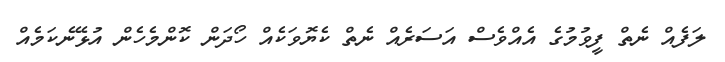
ލަފެއް ނެތް ފީވުމުގެ އެއްވެސް އަސަރެއް ނެތް ކެޔޮވަކެއް ހޯދަން ކޮންމެހެން އުޅޭނެކަމެއް